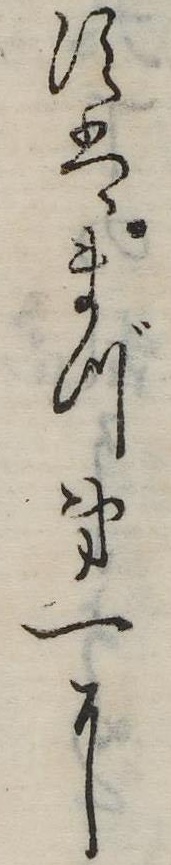
すはまづ第一に